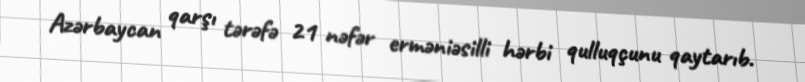
Azərbaycan qarşı tərəfə 21 nəfər erməniəsilli hərbi qulluqçunu qaytarıb.